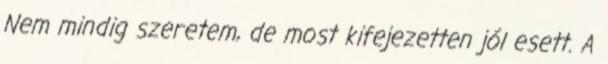
Nem mindig szeretem, de most kifejezetten jól esett. A